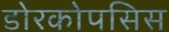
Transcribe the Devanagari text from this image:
डोरकोपसिस